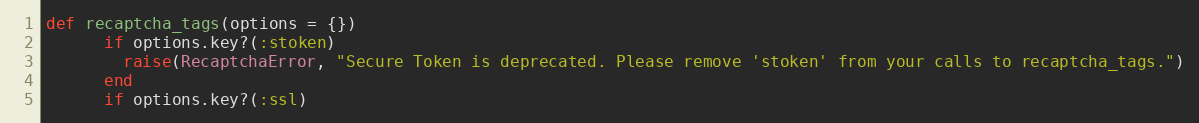
Language: Ruby
def recaptcha_tags(options = {})
      if options.key?(:stoken)
        raise(RecaptchaError, "Secure Token is deprecated. Please remove 'stoken' from your calls to recaptcha_tags.")
      end
      if options.key?(:ssl)